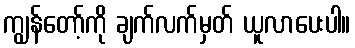
ကျွန်တော့်ကို ချက်လက်မှတ် ယူလာပေးပါ။